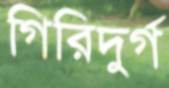
গিরিদুর্গ